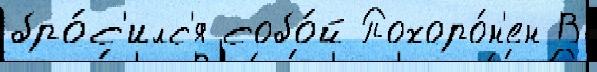
бро́с'илс'я собо́й Похоро́н'ен В